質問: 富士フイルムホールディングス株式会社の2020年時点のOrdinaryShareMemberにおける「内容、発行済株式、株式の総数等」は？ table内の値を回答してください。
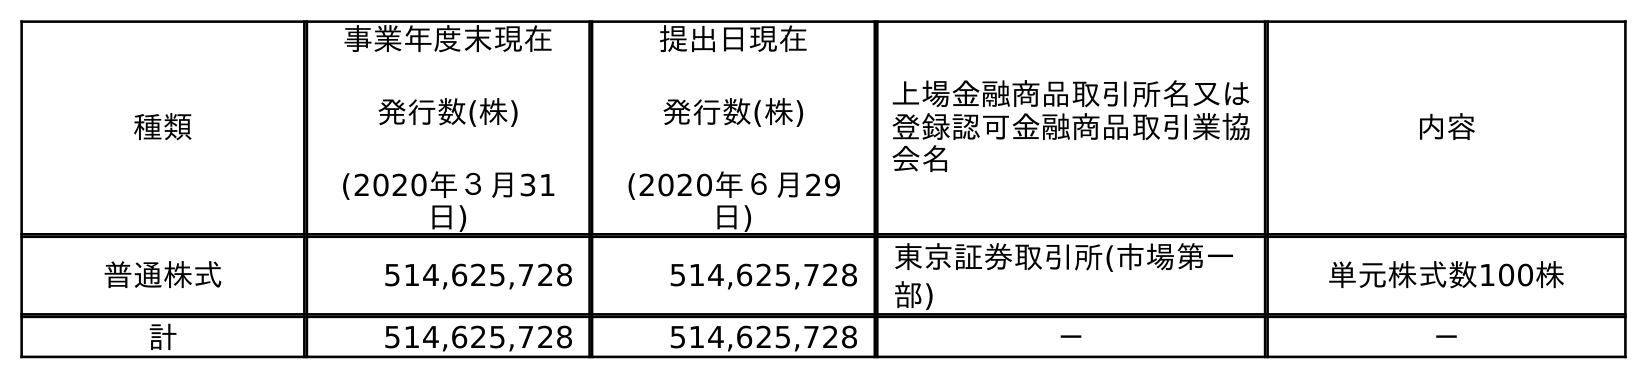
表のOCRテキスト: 種類 事業年度末現在 発行数(株) (2020年３月31 日) 提出日現在 発行数(株) (2020年６月29 日) 上場金融商品取引所名又は 登録認可金融商品取引業協 会名 内容 普通株式 514,625,728 514,625,728 東京証券取引所(市場第一 部) 単元株式数100株 計 514,625,728 514,625,728 － －
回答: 単元株式数100株